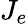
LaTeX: J_{e}